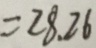
= 2 8 . 2 6